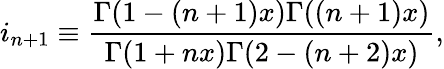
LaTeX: i_{n+1}\equiv\frac{\Gamma(1-(n+1)x)\Gamma((n+1)x)}{\Gamma(1+nx)\Gamma(2-(n+2)x)},